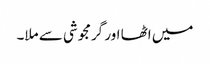
میں اٹھا اور گرمجوشی سے ملا۔